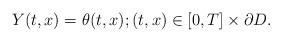
LaTeX: \begin{align*}Y(t,x)=\theta(t,x); (t,x)\in [0,T]\times \partial D.\end{align*}